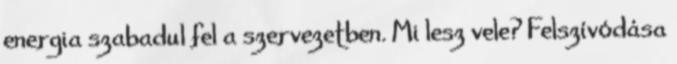
energia szabadul fel a szervezetben. Mi lesz vele? Felszívódása